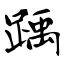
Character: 踽